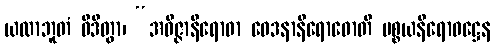
ယထာဘူတံ ဝိဒိတွာ၊ “အဝိဇ္ဇာနိရောဓာ ဝေဒနာနိရောဓောတိ ပစ္စယနိရောဓဋ္ဌေန